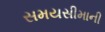
સમયસીમાની